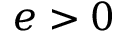
e > 0